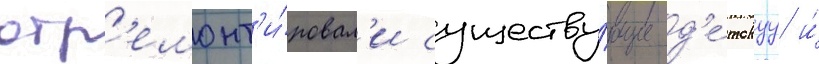
отр'емонт'и́ровал'и существу́ющие д'е́тскуу и́